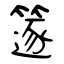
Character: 篴